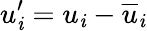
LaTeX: u_{\mathit{i}}^{\prime}=u_{\mathit{i}}-\overline{{{u}}}_{\mathit{i}}